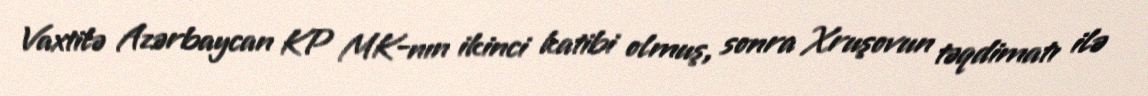
Vaxtilə Azərbaycan KP MK-nın ikinci katibi olmuş, sonra Xruşovun təqdimatı ilə